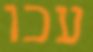
עכו